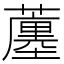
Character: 𧁶